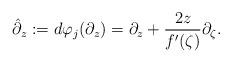
LaTeX: \begin{align*}\hat{\partial}_z:=d\varphi_j(\partial_z)=\partial_z+\frac{2z}{f'(\zeta)}\partial_\zeta.\end{align*}